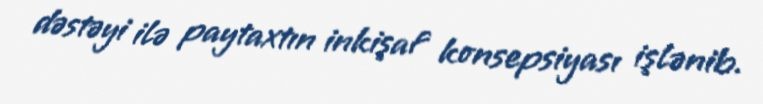
dəstəyi ilə paytaxtın inkişaf konsepsiyası işlənib.